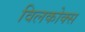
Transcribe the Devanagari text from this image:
विलकोक्स